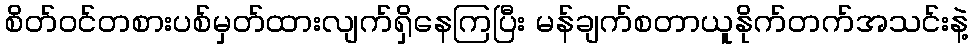
စိတ်ဝင်တစားပစ်မှတ်ထားလျက်ရှိနေကြပြီး မန်ချက်စတာယူနိုက်တက်အသင်းနဲ့